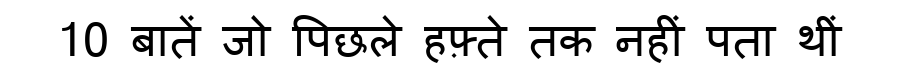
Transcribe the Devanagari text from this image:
10 बातें जो पिछले हफ़्ते तक नहीं पता थीं